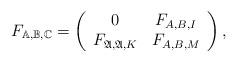
LaTeX: \begin{align*} F_{\mathbb{A},\mathbb{B},\mathbb{C}}=\left( \begin{array}{cc} 0 & F_{A,B,I} \\ F_{\mathfrak{A},\mathfrak{A},K} & F_{A,B,M} \\ \end{array} \right),\end{align*}